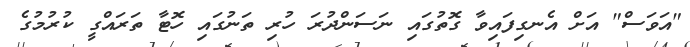
"އަވަސް" އަށް އެނގިފައިވާ ގޮތުގައި ނަސަންދުރަ ހުރި ތަނުގައި ހޮޓާ ތަރައްގީ ކުރުމުގެ